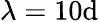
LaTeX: \lambda=10\mathrm{d}